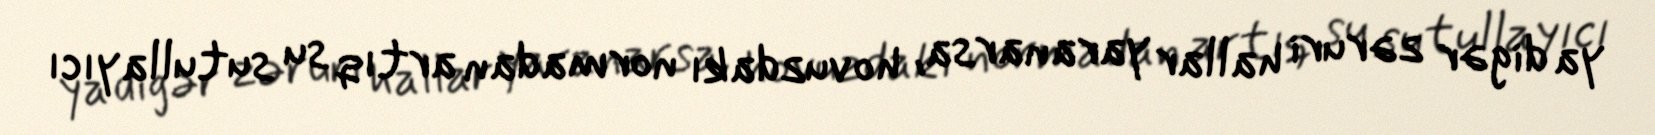
ya digər zəruri hallar yaranarsa, hovuzdakı normadan artıq su sutullayıcı